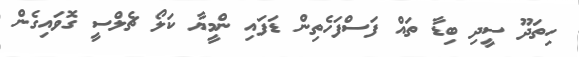
ހިތަދޫ ސީދި ބިޑާ ތައް ފަސްފަހެތިން ޑަފައި ންމީޔާ ކަލޯ ޗެލްސީ ގޮވައިގެން